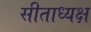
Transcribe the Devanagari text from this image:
सीताध्यक्ष